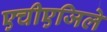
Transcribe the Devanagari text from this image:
एचीएजिले